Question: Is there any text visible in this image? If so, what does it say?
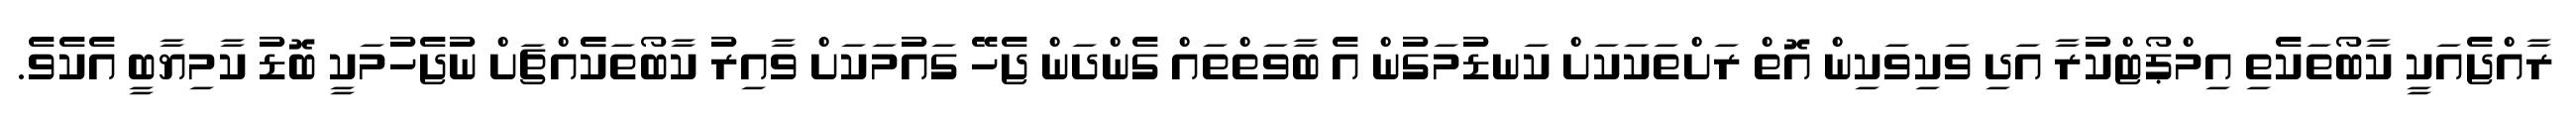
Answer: ރާއްޖެއަކީ ކާބޯތަކެތި އިމްޕޯޓްކުރާ އަދި ވަކިވަކިން އޮތް ރަށްތަކަކަށް ކަނޑުމަގުން އެ ބާވަތްތައް ގެންދަން ޖެހޭ ގައުމަކަށް ވާއިރު ކާބޯތަކެެއްޗަށް ނުޖެހުމަކީ ބޮޑު ކާމިޔާބީ އެކެވެ.